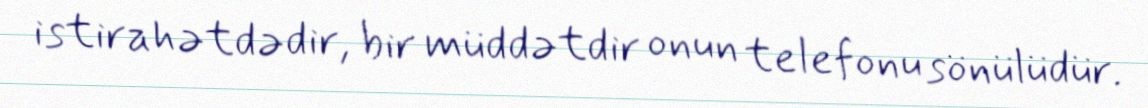
istirahətdədir, bir müddətdir onun telefonu sönülüdür.